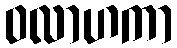
ဝလာဟကာ